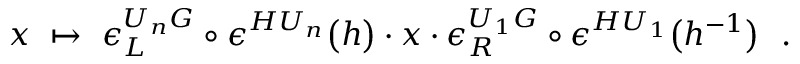
x \ \mapsto \ \epsilon _ { L } ^ { U _ { n } G } \circ \epsilon ^ { H U _ { n } } \bigl ( h \bigr ) \cdot x \cdot \epsilon _ { R } ^ { U _ { 1 } G } \circ \epsilon ^ { H U _ { 1 } } \bigl ( h ^ { - 1 } \bigr ) \ \ .